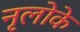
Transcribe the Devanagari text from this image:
नृलोके